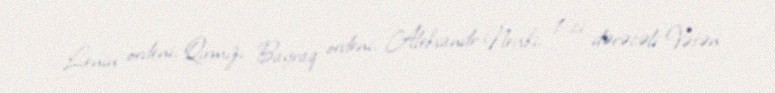
Lenin ordeni, Qırmızı Bayraq ordeni, Aleksandr Nevski, 1-ci dərəcəli Vətən